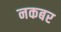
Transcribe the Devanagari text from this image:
नकबर